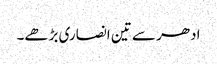
ادھر سے تین انصاری بڑھے۔